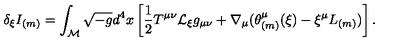
\delta _ { \xi } I _ { ( m ) } = \int _ { \cal M } \sqrt { - g } d ^ { 4 } x \left[ \frac 1 2 T ^ { \mu \nu } { \cal L } _ { \xi } g _ { \mu \nu } + \nabla _ { \mu } ( \theta _ { ( m ) } ^ { \mu } ( \xi ) - \xi ^ { \mu } L _ { ( m ) } ) \right] .